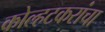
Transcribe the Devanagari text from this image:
कोल्हटकरांचा